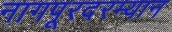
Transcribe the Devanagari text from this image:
नागपूरदरम्यान